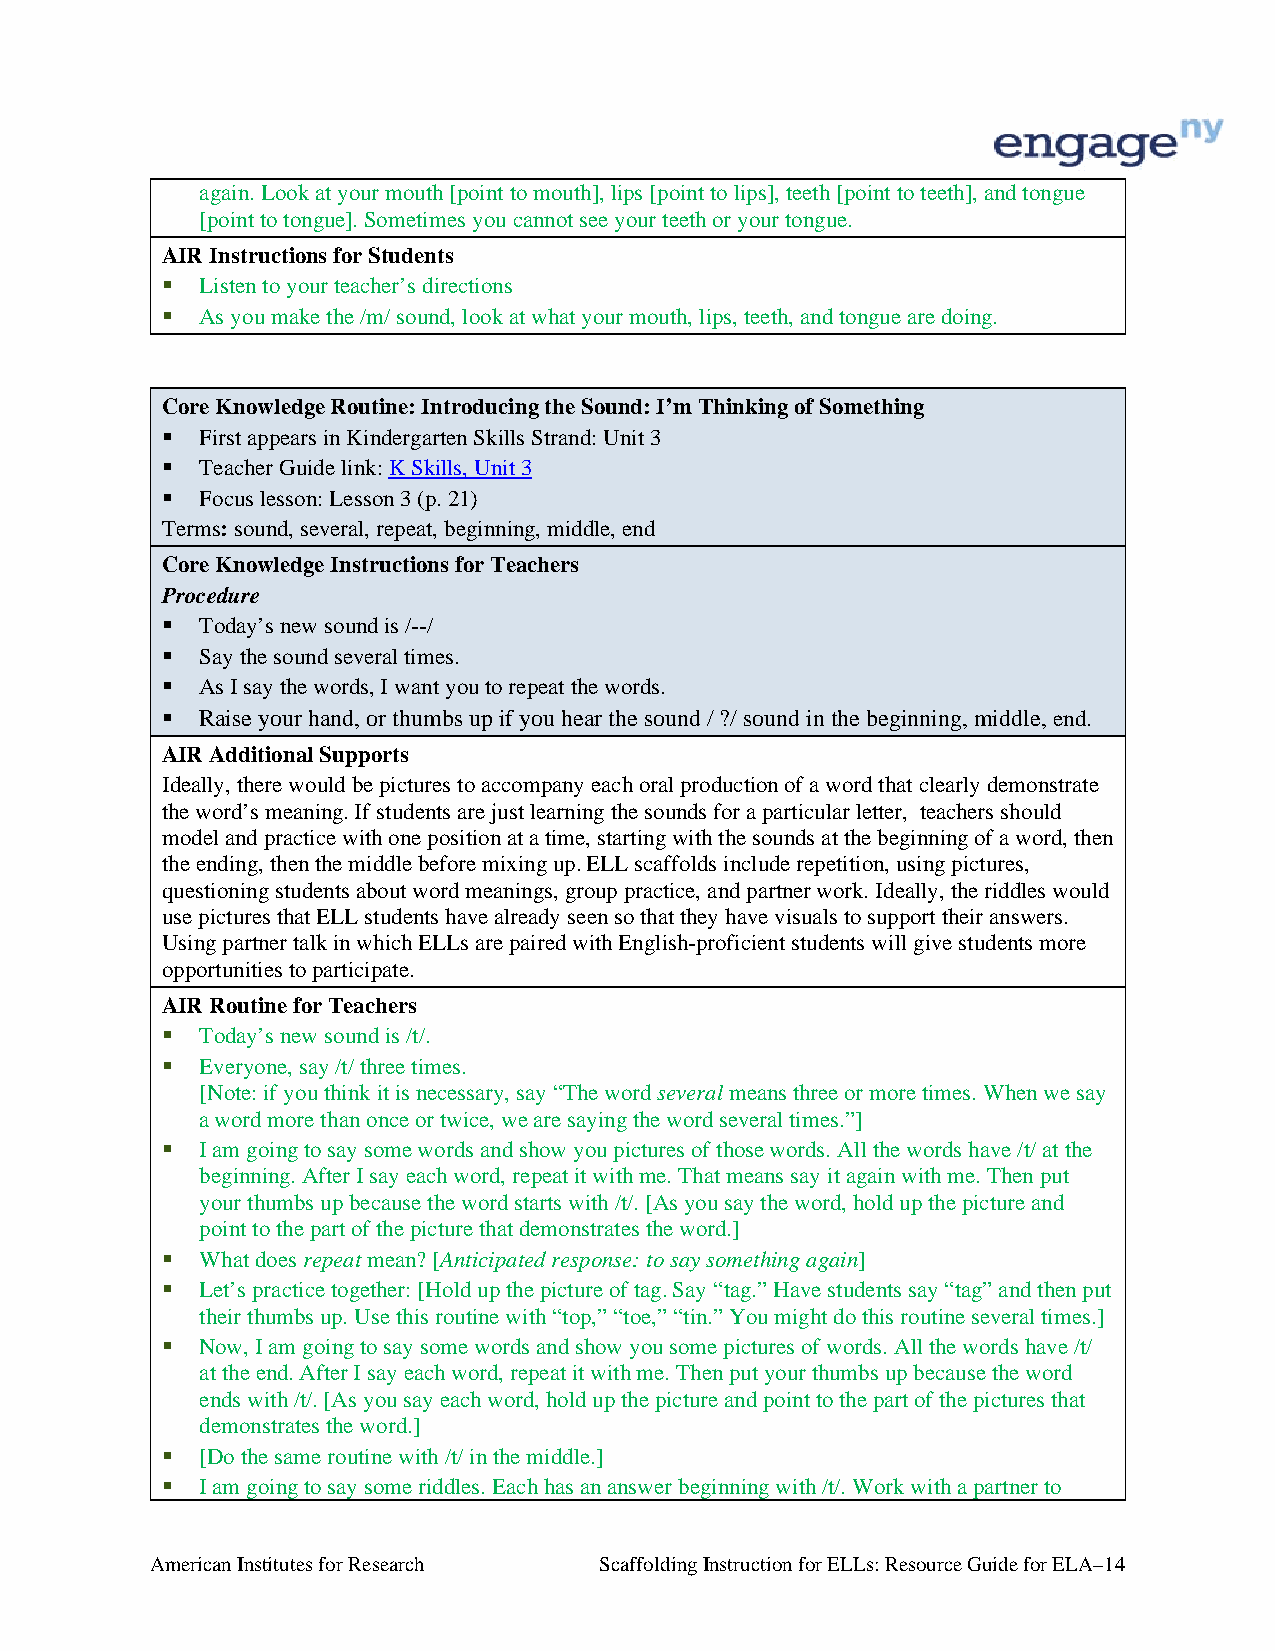
again. Look at your mouth [point to mouth], lips [point to lips], teeth [point to teeth], and tongue
 [point to tongue]. Sometimes you cannot see your teeth or your tongue.
 AIR Instructions for Students
  Listen to your teacher’s directions
  As you make the /m/ sound, look at what your mouth, lips, teeth, and tongue are doing.
 Core Knowledge Routine: Introducing the Sound: I’m Thinking of Something
  First appears in Kindergarten Skills Strand: Unit 3
  Teacher Guide link: K Skills, Unit 3
  Focus lesson: Lesson 3 (p. 21)
 Terms: sound, several, repeat, beginning, middle, end
 Core Knowledge Instructions for Teachers
 Procedure
  Today’s new sound is /--/
  Say the sound several times.
  As I say the words, I want you to repeat the words.
  Raise your hand, or thumbs up if you hear the sound / ?/ sound in the beginning, middle, end.
 AIR Additional Supports
 Ideally, there would be pictures to accompany each oral production of a word that clearly demonstrate
 the word’s meaning. If students are just learning the sounds for a particular letter, teachers should
 model and practice with one position at a time, starting with the sounds at the beginning of a word, then
 the ending, then the middle before mixing up. ELL scaffolds include repetition, using pictures,
 questioning students about word meanings, group practice, and partner work. Ideally, the riddles would
 use pictures that ELL students have already seen so that they have visuals to support their answers.
 Using partner talk in which ELLs are paired with English-proficient students will give students more
 opportunities to participate.
 AIR Routine for Teachers
  Today’s new sound is /t/.
  Everyone, say /t/ three times.
 [Note: if you think it is necessary, say “The word several means three or more times. When we say
 a word more than once or twice, we are saying the word several times.”]
  I am going to say some words and show you pictures of those words. All the words have /t/ at the
 beginning. After I say each word, repeat it with me. That means say it again with me. Then put
 your thumbs up because the word starts with /t/. [As you say the word, hold up the picture and
 point to the part of the picture that demonstrates the word.]
  What does repeat mean? [Anticipated response: to say something again]
  Let’s practice together: [Hold up the picture of tag. Say “tag.” Have students say “tag” and then put
 their thumbs up. Use this routine with “top,” “toe,” “tin.” You might do this routine several times.]
  Now, I am going to say some words and show you some pictures of words. All the words have /t/
 at the end. After I say each word, repeat it with me. Then put your thumbs up because the word
 ends with /t/. [As you say each word, hold up the picture and point to the part of the pictures that
 demonstrates the word.]
  [Do the same routine with /t/ in the middle.]
  I am going to say some riddles. Each has an answer beginning with /t/. Work with a partner to
 American Institutes for Research Scaffolding Instruction for ELLs: Resource Guide for ELA–14